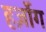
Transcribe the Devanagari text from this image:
हर्ज़ोग